Punjab Mental Hospital Lahore 1922-31 - 1922-1931
Year: 1922
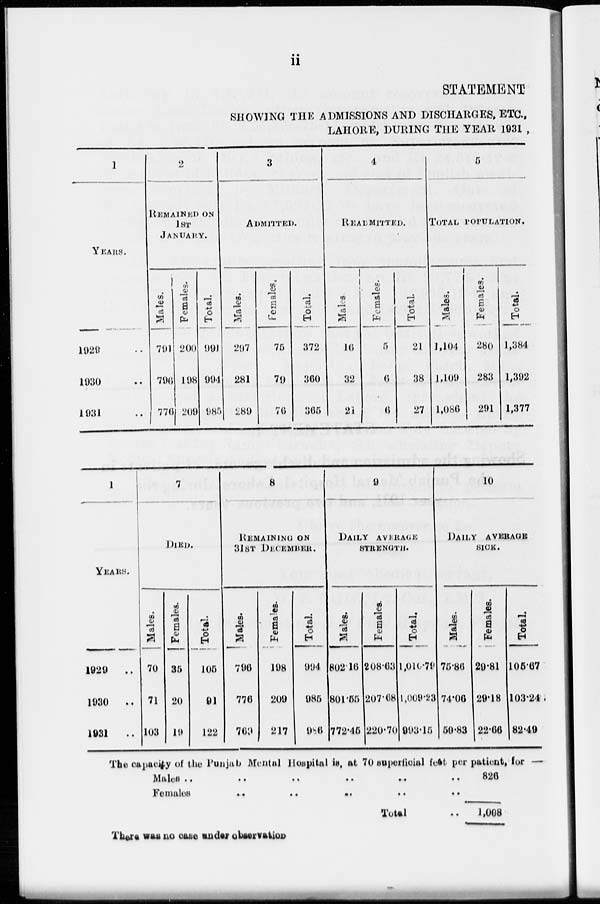
ii
STATEMENT
SHOWING THE ADMISSIONS AND DISCHARGES, ETC.,
LAHORE, DURING THE YEAR 1931.
1
YEARS.
1929 ..
1930 ..
1931 ..
2
REMAINED ON
1ST
JANUARY.
Males.
791
796
776
Females.
200
198
209
Total.
991
994
985
3
ADMITTED.
Males.
297
281
289
Females.
75
79
76
Total.
372
360
365
4
READMITTED.
Males.
16
32
21
Females.
5
6
6
Total
21
38
27
5
TOTAL POPULATION.
Males.
1,104
1,109
1,086
Females.
280
283
291
Total.
1,384
1,392
1,377
1
YEARS.
1929
..
1930
..
1931 ..
7
DIED.
Males.
70
71
103
Females.
35
20
19
Total.
105
91
122
8
REMAINING ON
31ST DECEMBER.
Males.
796
776
769
Females.
198
209
217
Total.
994
985
986
9
DAILY AVERAGE
STRENGTH.
Males.
802.16
801.55
772.45
Females
208.63
207.68
220.70
Total.
1,010.79
1,009.23
993.15
10
DAILY AVERAGE
SICK.
Males.
75.86
74.06
59.83
Females.
29.81
29.18
22.66
Total.
105.67
103.24
82.49
The capacity of the Punjab Mental Hospital is, at 70 superficial foot per patient, for —
Males
...
..
..
..
..
..
Females
..
..
..
..
..
Total
826
182
1,008
There was no case under observation